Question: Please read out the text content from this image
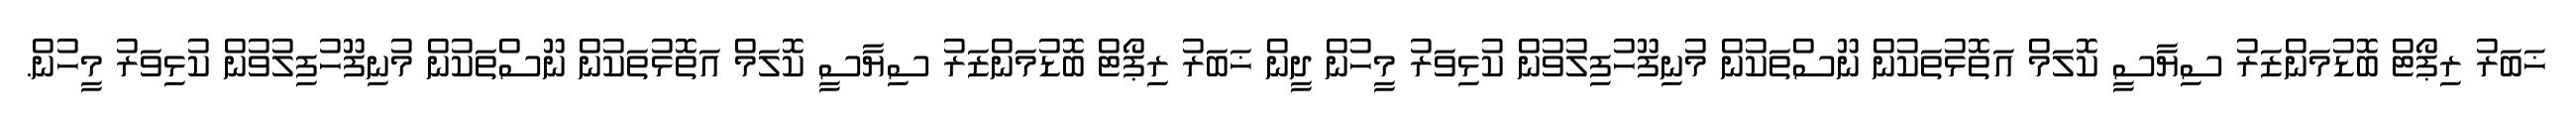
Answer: ޚަބަރު ރިޕޯޓް ބޮޑުމަންޒަރު ސިޔާސީ ކޮލަމް އަތޮޅުތަކުން ނޫސްތަކުން މުނިފޫހުފިލުވުން ކުޅިވަރު މީހުން ދީން ޚަބަރު ރިޕޯޓް ބޮޑުމަންޒަރު ސިޔާސީ ކޮލަމް އަތޮޅުތަކުން ނޫސްތަކުން މުނިފޫހުފިލުވުން ކުޅިވަރު މީހުން.